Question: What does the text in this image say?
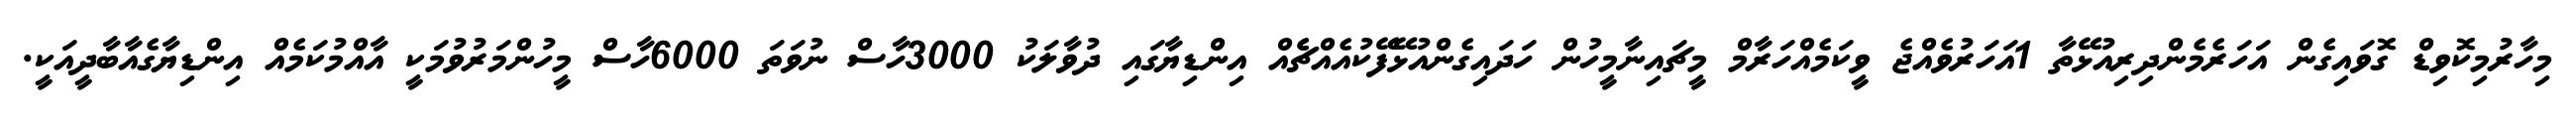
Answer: މިހާރުމިކޮވިޑް ގޮވައިގެން އަހަރެމެންދިރިއުޅޭތާ 1އަހަރުވެއްޖެ ވީކަމެއްހަރާމް މީޗައިނާމީހުން ހަދައިގެންއުޅޭފޭކުއެއްޗެެއް އިންޑިޔާގައި ދުވާލަކު 3000ހާސް ނުވަތަ 6000ހާސް މީހުންމަރުވުމަކީ އާއްމުކަމެއް އިންޑިޔާގެއާބާދީއަކީ.